DOW-UAP-D48, Department of the Air Force Report, 1996
Agency: Department of War
Incident date: 9/10/96
Page 8
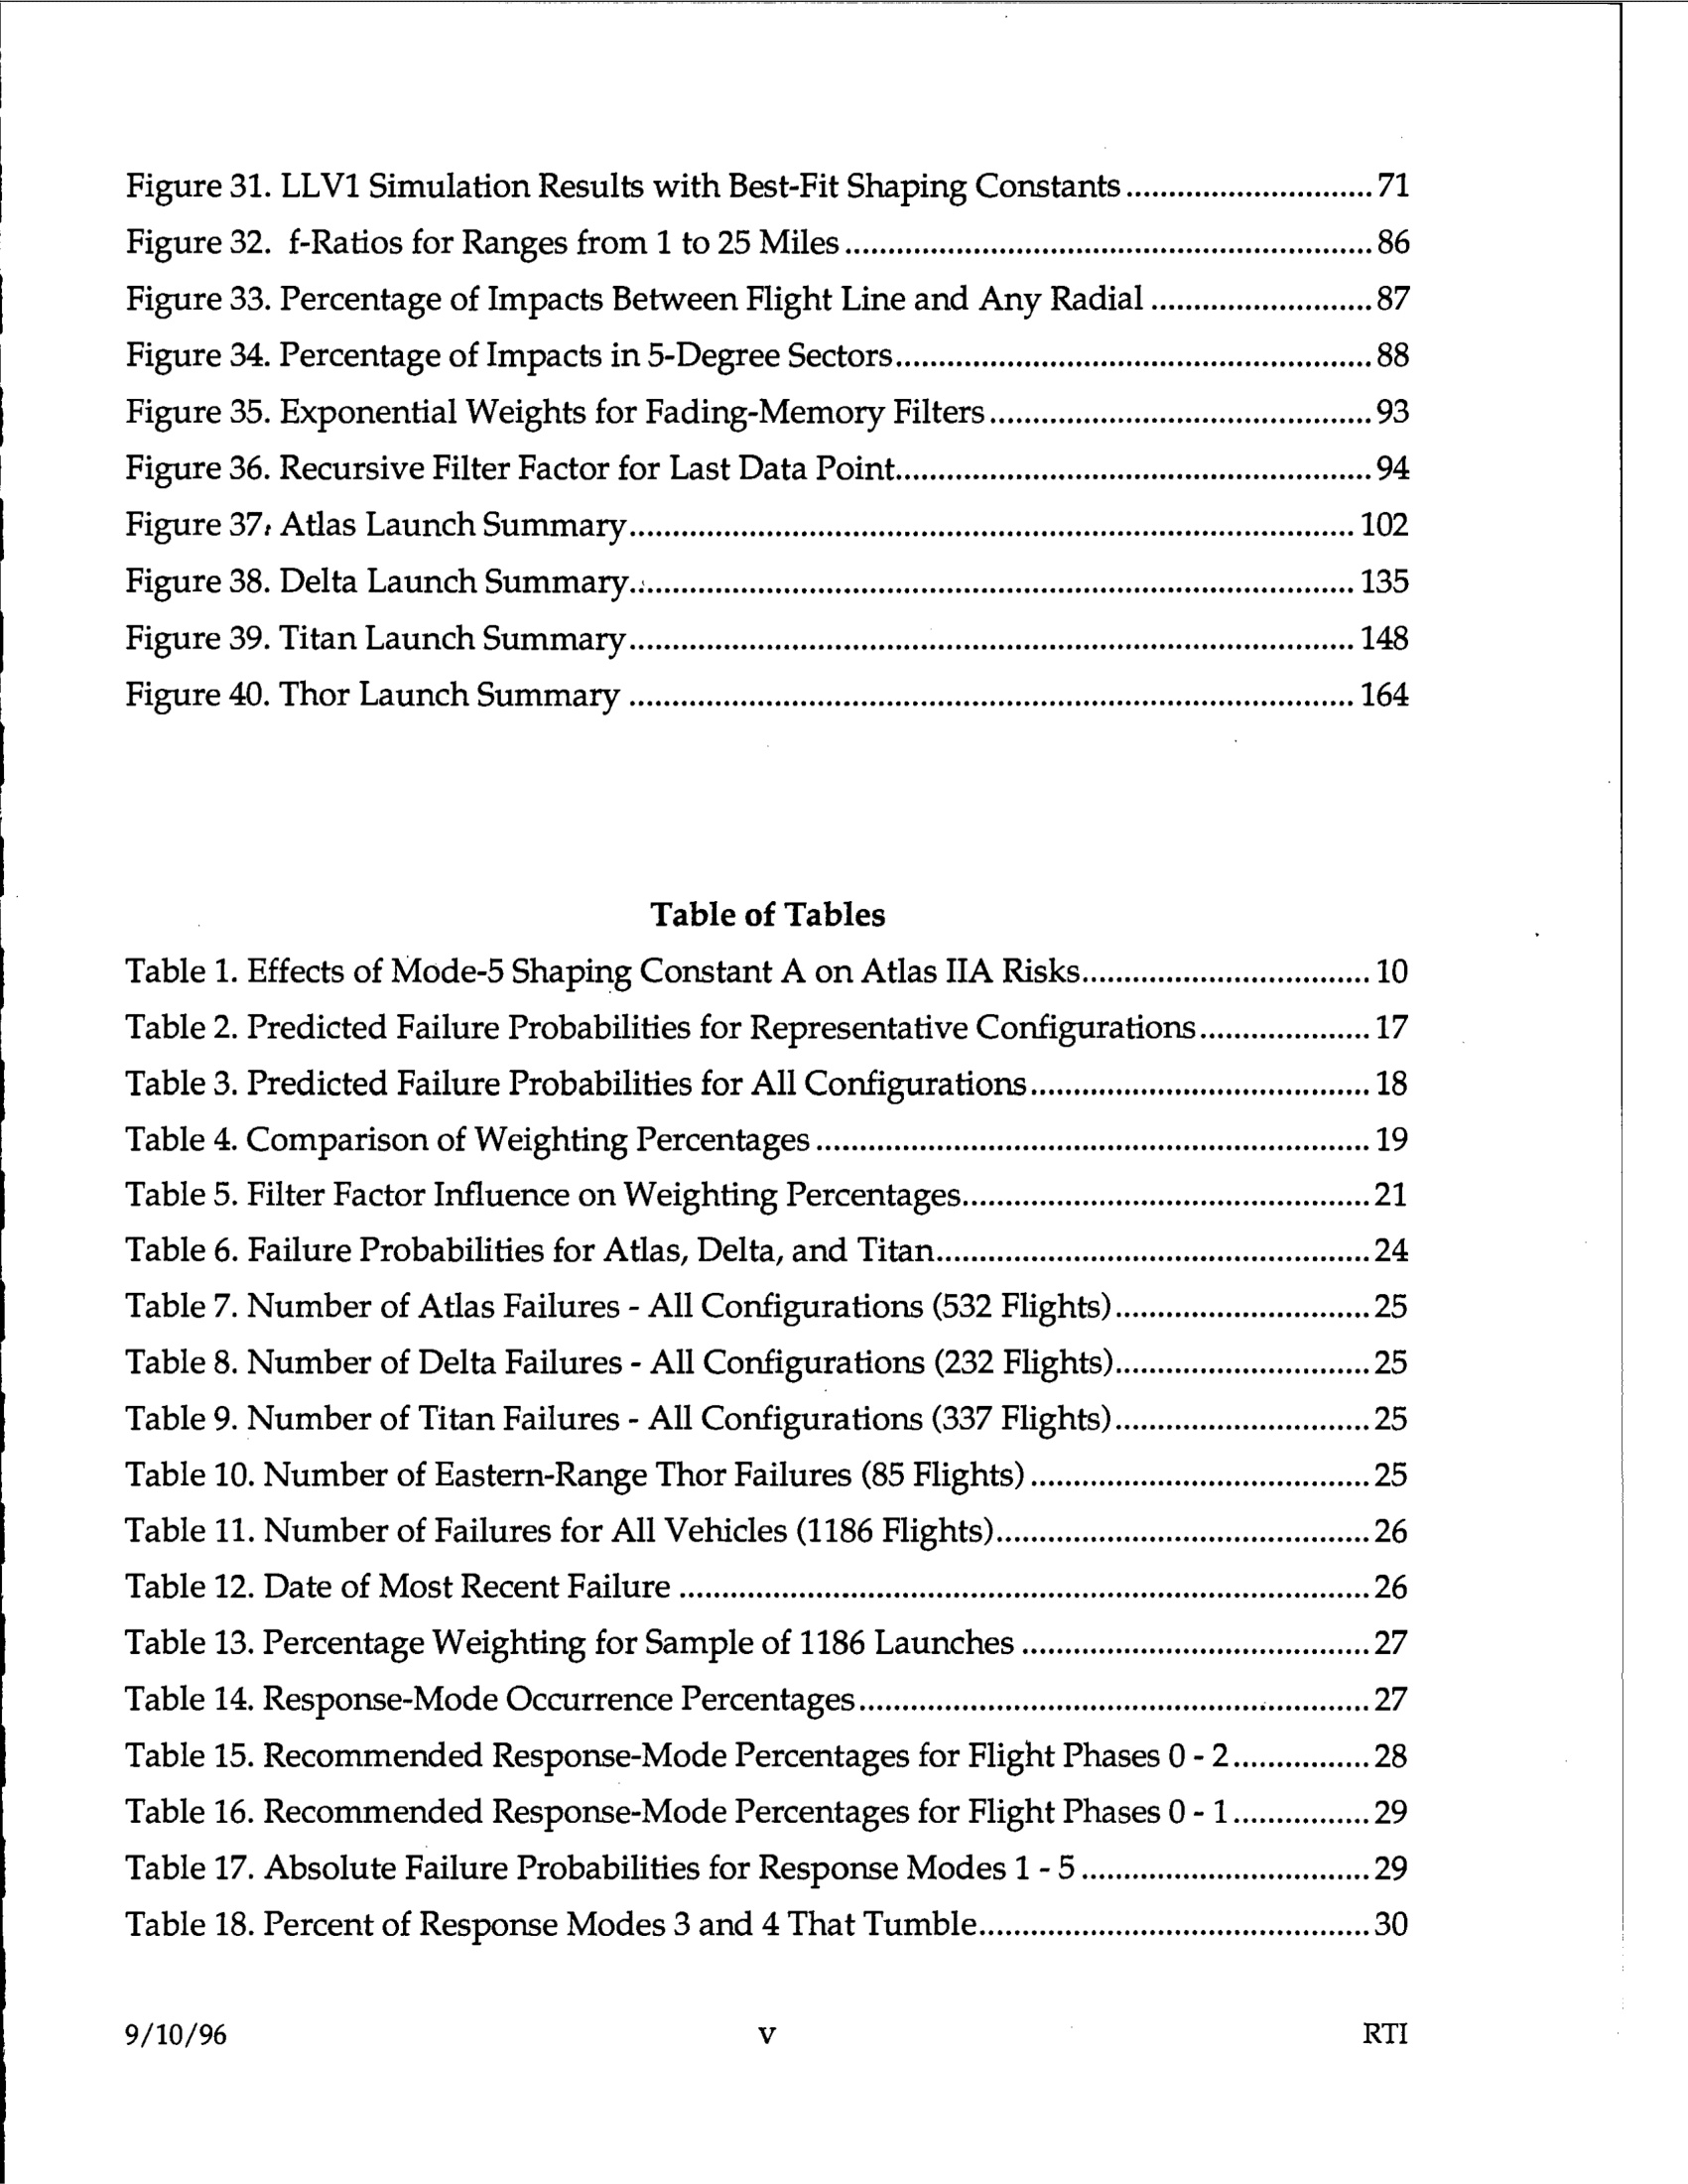